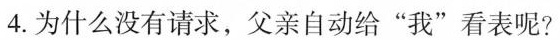
4.为什么没有请求，父亲自动给”我”看表呢?